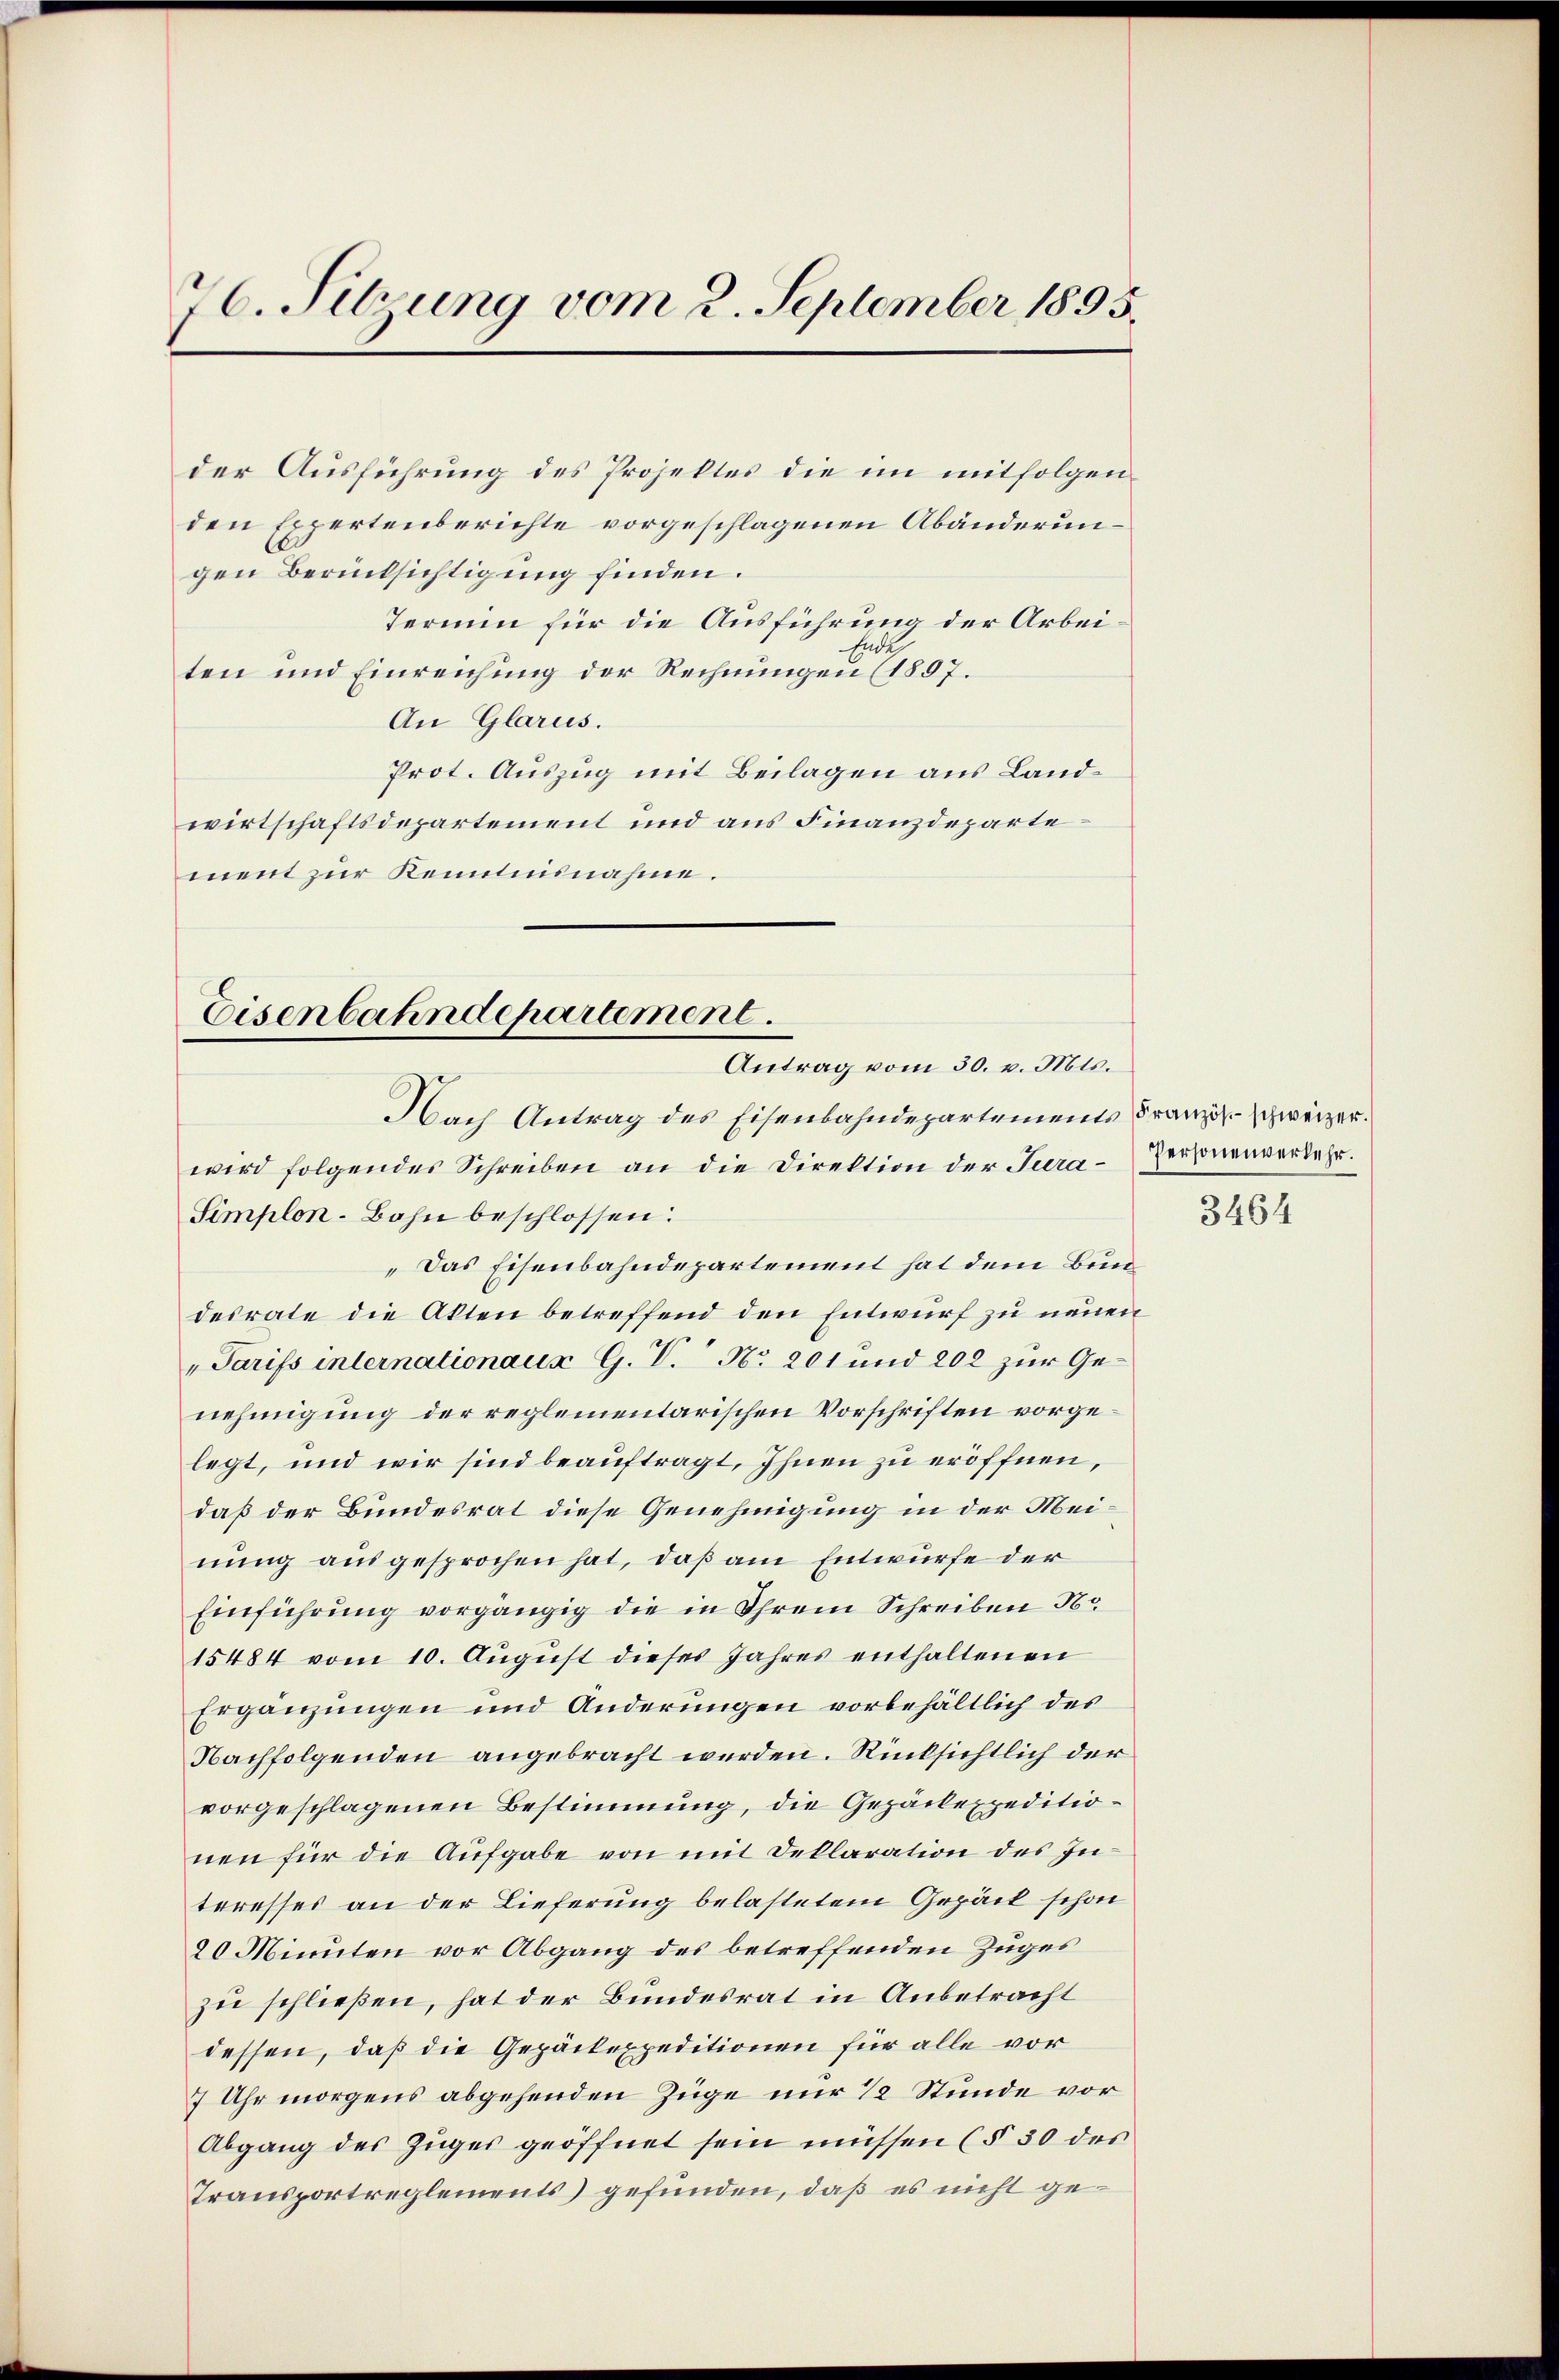
76. Sitzung vom 2. September 1895.

gen Berücksichtigung finden.
ten und Einreichung der Rechnungen (1897.
An Glarus.
Prot. Auszug mit Beilagen aus Landwirtschaftsdepartement und aus Finanzdeparte
ment zur Kenntnisnahme.

der Ausführung des Projektes die im mitfolgen
den Expertenberichte vorgeschlagenen Abänderun¬
Termin für die Ausführung der Arbeinde

Eisenbahndepartement.
Antrag vom 30. v. Mts.
Nach Antrag des Eisenbahndepartements Französ. schweizer¬

wird folgendes Schreiben an die Direktion der Tera-Personenverkehr.
Simplon-Bahn beschlossen:
„Das Eisenbahndepartement hat dem Bundesrate die Akten betreffend den Entwurf zu neuen
"Tarifs internationaus G. P. Nr. 201 und 202 zur Genehmigung der reglementarischen Vorschriften vorgelegt, und wir sind beauftragt, Ihnen zu eröffnen,
daß der Bundesrat diese Genehmigung in der Meinung ausgesprochen hat, daß am Entwurfe der
Einführung vorgängig die in Ihrem Schreiben No
15484 vom 10. August dieses Jahres enthaltenen
Ergänzungen und Änderungen vorbehältlich des
Nachfolgenden angebracht werden. Rücksichtlich der
vorgeschlagenen Bestimmung, die Gepäckexpeditionen für die Aufgabe von mit Deklaration des In-
teresses an der Lieferung belastetem Gepäck schon
20 Minuten vor Abgang des betreffenden Zuges
zu schließen, hat der Bundesrat in Anbetracht
dessen, daß die Gepäckexpeditionen für alle vor
7 Uhr morgens abgehenden Züge nur 1/2 Stunde vor
Abgang des Zuges geöffnet sein müssen (§ 30 des
Transportreglements) gefunden, daß es nicht ge¬

3464